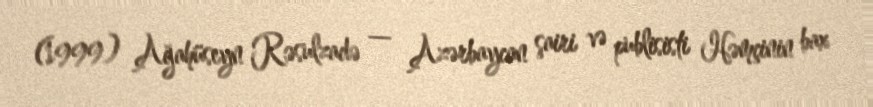
(1999) Ağahüseyn Rəsulzadə — Azərbaycan şairi və publisisti Həmçinin bax